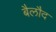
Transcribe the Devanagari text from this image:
बैलौद